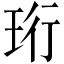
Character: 珩